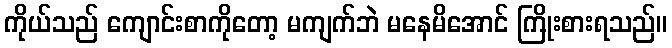
ကိုယ်သည် ကျောင်းစာကိုတော့ မကျက်ဘဲ မနေမိအောင် ကြိုးစားရသည်။